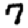
Digit: 7